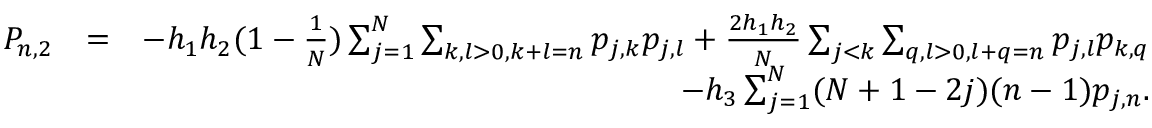
\begin{array} { r l r } { P _ { n , 2 } } & { = } & { - h _ { 1 } h _ { 2 } ( 1 - \frac { 1 } { N } ) \sum _ { j = 1 } ^ { N } \sum _ { k , l > 0 , k + l = n } p _ { j , k } p _ { j , l } + \frac { 2 h _ { 1 } h _ { 2 } } { N } \sum _ { j < k } \sum _ { q , l > 0 , l + q = n } p _ { j , l } p _ { k , q } } \\ & { } & { - h _ { 3 } \sum _ { j = 1 } ^ { N } ( N + 1 - 2 j ) ( n - 1 ) p _ { j , n } . } \end{array}